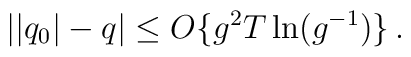
||q_0| - q| \leq O \{g^2 T \ln (g^{- 1}) \} \, .